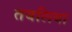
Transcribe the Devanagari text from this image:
तबलिया